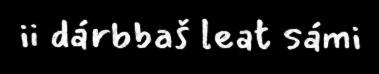
ii dárbbaš leat sámi